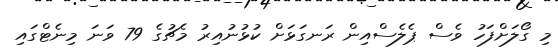
މި ގޯލަށްފަހު ވެސް ޕެލެސްއިން ރަނގަޅަށް ކުޅުނުއިރު މެޗުގެ 79 ވަނަ މިނެޓްގައި